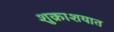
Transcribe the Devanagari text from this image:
शुक्राशयात